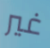
غير